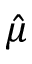
\hat { \mu }